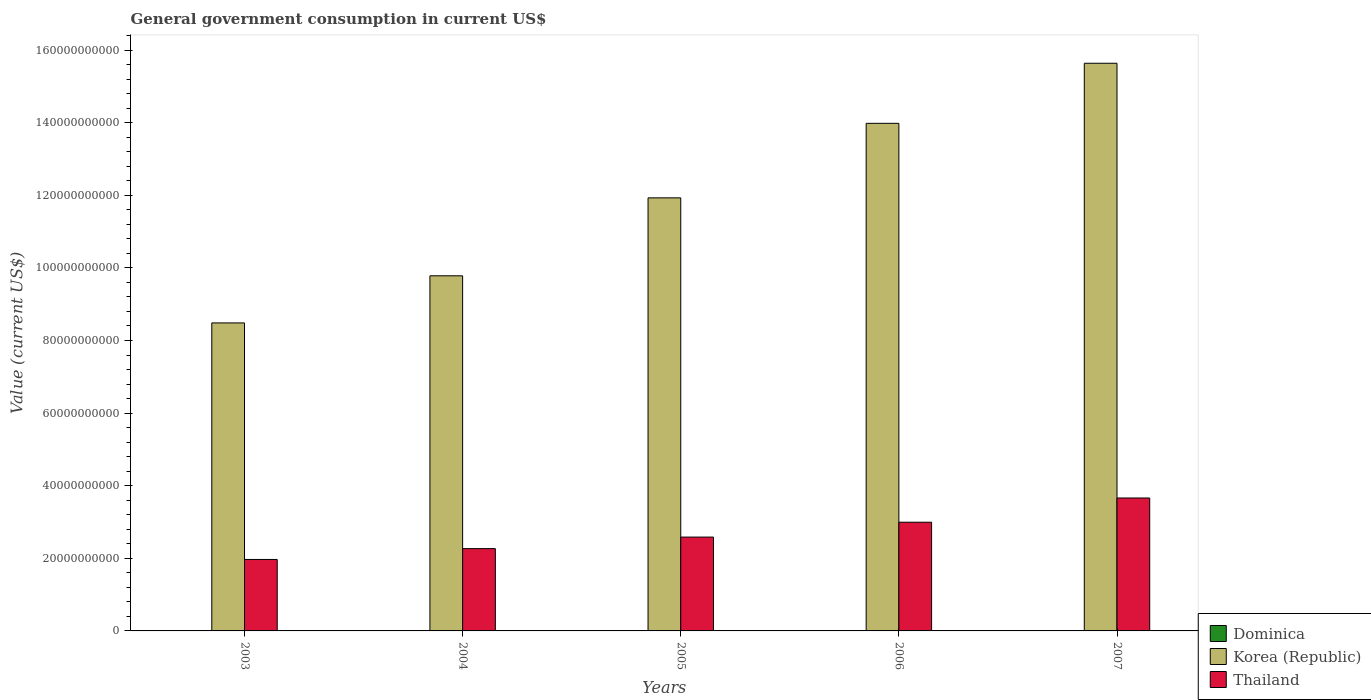
| Years | Dominica | Korea (Republic) | Thailand |
 | --- | --- | --- | --- |
 | 2003 | 5.13e+07 | 8.48e+10 | 1.97e+10 |
 | 2004 | 5.27e+07 | 9.78e+10 | 2.27e+10 |
 | 2005 | 5.74e+07 | 1.19e+11 | 2.58e+10 |
 | 2006 | 6.11e+07 | 1.4e+11 | 2.99e+10 |
 | 2007 | 6.85e+07 | 1.56e+11 | 3.66e+10 |